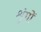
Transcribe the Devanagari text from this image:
शृंगों